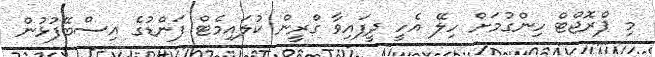
މި ޕްރޮޖްޓް ހިންގުމަށް ހިލޭ އެހީ ދީފައިވާ ގްރީން ކުލައިމެޓް ފަންޑުގެ އިސްބޭފުޅުން